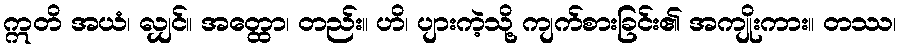
ဣတိ အယံ၊ လျှင်။ အတ္ထော၊ တည်း။ ဟိ၊ ပျားကဲ့သို့ ကျက်စားခြင်း၏ အကျိုးကား။ တဿ၊